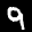
Label: 9